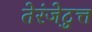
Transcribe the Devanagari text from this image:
तेरंजेटुत्त